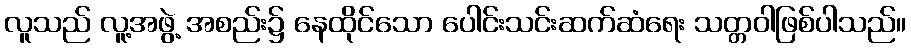
လူသည် လူ့အဖွဲ့ အစည်း၌ နေထိုင်သော ပေါင်းသင်းဆက်ဆံရေး သတ္တဝါဖြစ်ပါသည်။